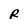
Character: R